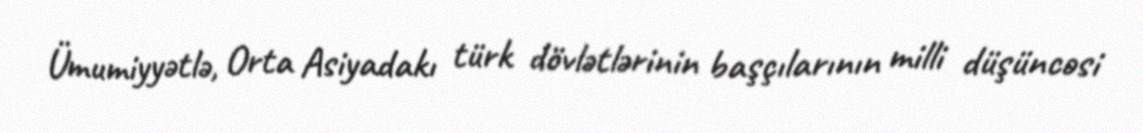
Ümumiyyətlə, Orta Asiyadakı türk dövlətlərinin başçılarının milli düşüncəsi